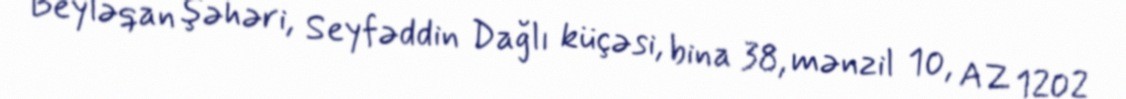
Beyləqan şəhəri, Seyfəddin Dağlı küçəsi, bina 38, mənzil 10, AZ 1202